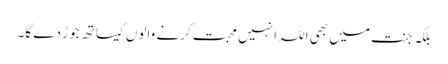
بلکہ جنت میں بھی اللہ انہیں محبت کرنے والوں کیساتھ جوڑ دے گا۔